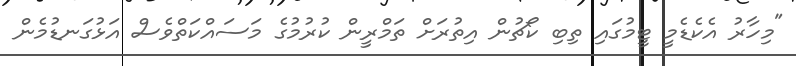
"މިހާރު އެކެޑެމީ ޓީމުގައި ތިބި ކޯޗުން އިތުރަށް ތަމްރީން ކުރުމުގެ މަސައްކަތްވެސް އަޅުގަނޑުމެން